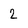
Character: 2